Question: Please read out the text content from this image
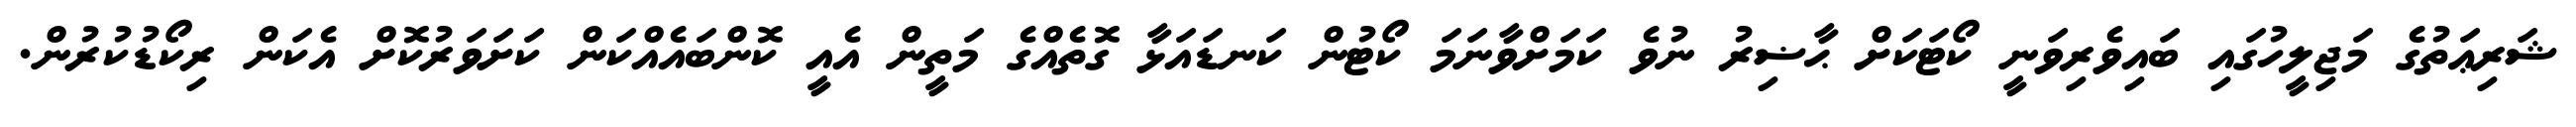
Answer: ޝަރިޢަތުގެ މަޖިލީހުގައި ބައިވެރިވަނީ ކޯޓަކަށް ޙާޟިރު ނުވެ ކަމަށްވާނަމަ ކޯޓުން ކަނޑައަޅާ ގޮތެއްގެ މަތީން އެއީ ކޮންބައެއްކަން ކަށަވަރުކޮށް އެކަން ރިކޯޑުކުރުން.